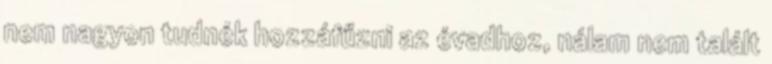
nem nagyon tudnék hozzáfűzni az évadhoz, nálam nem talált